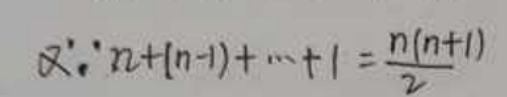
又$\because n+(n - 1)+\cdots+1=\frac{n(n + 1)}{2}$